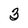
Character: 3